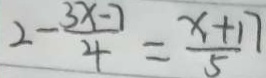
2 - \frac { 3 x - 7 } { 4 } = \frac { x + 1 7 } { 5 }